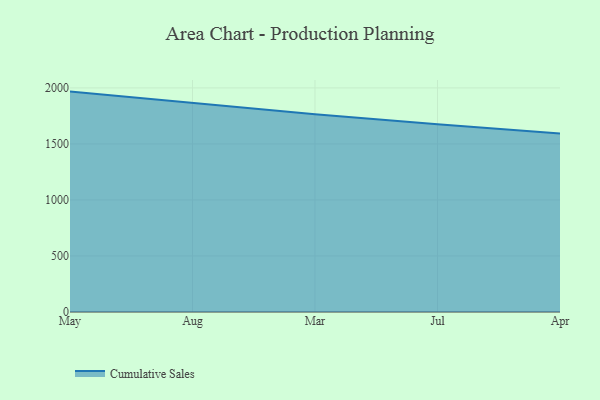
{"axis": {"x": "Month", "y": "Population (Million)"}, "legend": ["Cumulative Sales"], "data": [{"x": "May", "y": 1966.8, "type": "Cumulative Sales"}, {"x": "Aug", "y": 1863.9, "type": "Cumulative Sales"}, {"x": "Mar", "y": 1765.2, "type": "Cumulative Sales"}, {"x": "Jul", "y": 1675.2, "type": "Cumulative Sales"}, {"x": "Apr", "y": 1592.2, "type": "Cumulative Sales"}]}